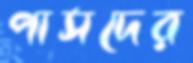
পাসদের